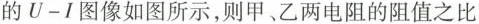
的U-I图像如图所示，则甲、乙两电阻的阻值之比